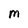
Character: M